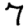
Digit: 7